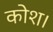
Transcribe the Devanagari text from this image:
कोश।